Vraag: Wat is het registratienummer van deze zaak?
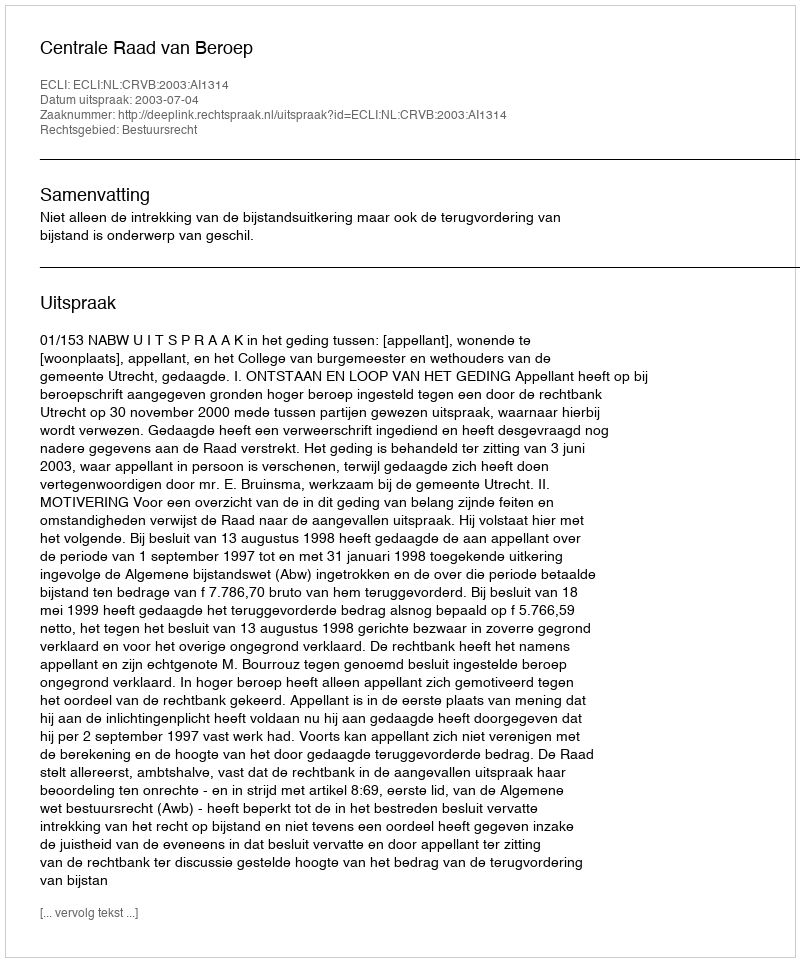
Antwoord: http://deeplink.rechtspraak.nl/uitspraak?id=ECLI:NL:CRVB:2003:AI1314